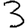
Digit: 3